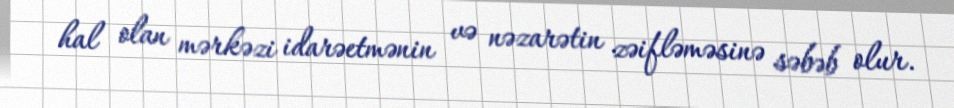
hal olan mərkəzi idarəetmənin və nəzarətin zəifləməsinə səbəb olur.